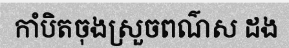
កាំបិតចុងស្រួចពណ៌ស ដង